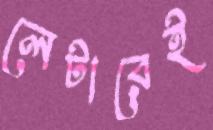
লেটারেই